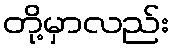
တို့မှာလည်း